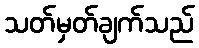
သတ်မှတ်ချက်သည်